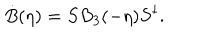
LaTeX: \dot { B } ( \eta ) = S B _ { 3 } ( - \eta ) S ^ { \dagger } .